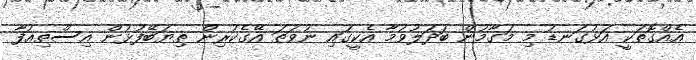
އެއްގޮތަކީ އަޅުގަނޑު މި މަގާމުން ބަދަލުވުމާ އެކީގައި ނުވަތަ އޭގެކުރިން ތިޔަބޭފުޅުން އިސްތިޢުފާ